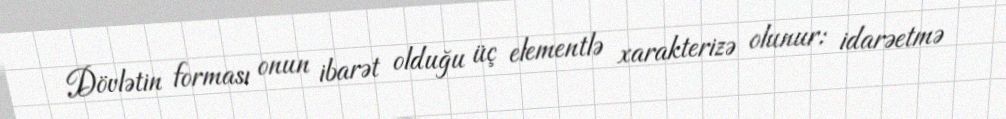
Dövlətin forması onun ibarət olduğu üç elementlə xarakterizə olunur: idarəetmə